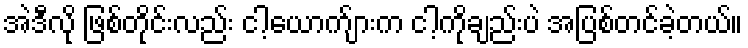
အဲဒီလို ဖြစ်တိုင်းလည်း ငါ့ယောက်ျားက ငါ့ကိုချည်းပဲ အပြစ်တင်ခဲ့တယ်။